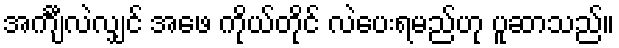
အင်္ကျီလဲလျှင် အဖေ ကိုယ်တိုင် လဲပေးရမည်ဟု ပူဆာသည်။